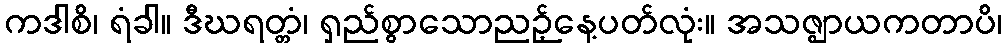
ကဒါစိ၊ ရံခါ။ ဒီဃရတ္တံ၊ ရှည်စွာသောညဉ့်နေ့ပတ်လုံး။ အသဇ္ဈာယကတာပိ၊